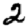
Digit: 2